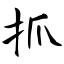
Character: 抓